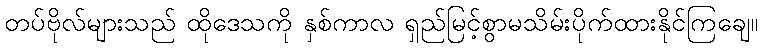
တပ်ဗိုလ်များသည် ထိုဒေသကို နှစ်ကာလ ရှည်မြင့်စွာမသိမ်းပိုက်ထားနိုင်ကြချေ။